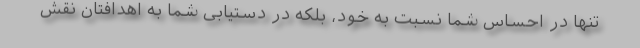
تنها در احساس شما نسبت به خود، بلکه در دستیابی شما به اهدافتان نقش